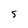
Character: 5